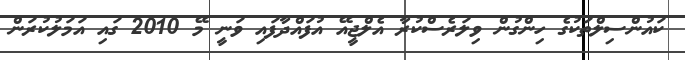
ކައުންސިލްތަކުގެ ހިންގުން ވިލަރެސްކުރާ އެލްޖީއޭ އުފައްދާފައި ވަަނީ މޭ 2010 ގައި އަމަލުކުރަން